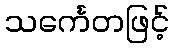
သင်္ကေတဖြင့်